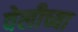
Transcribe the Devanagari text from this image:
वेलीच्या